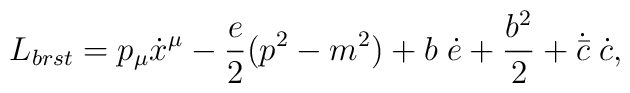
L_{brst} = p_{\mu} \dot x^{\mu} - \frac{e}{2} (p^2 - m^2) + b \;\dot e+ \frac{b^2}{2}  + \dot {\bar c}\; \dot c,